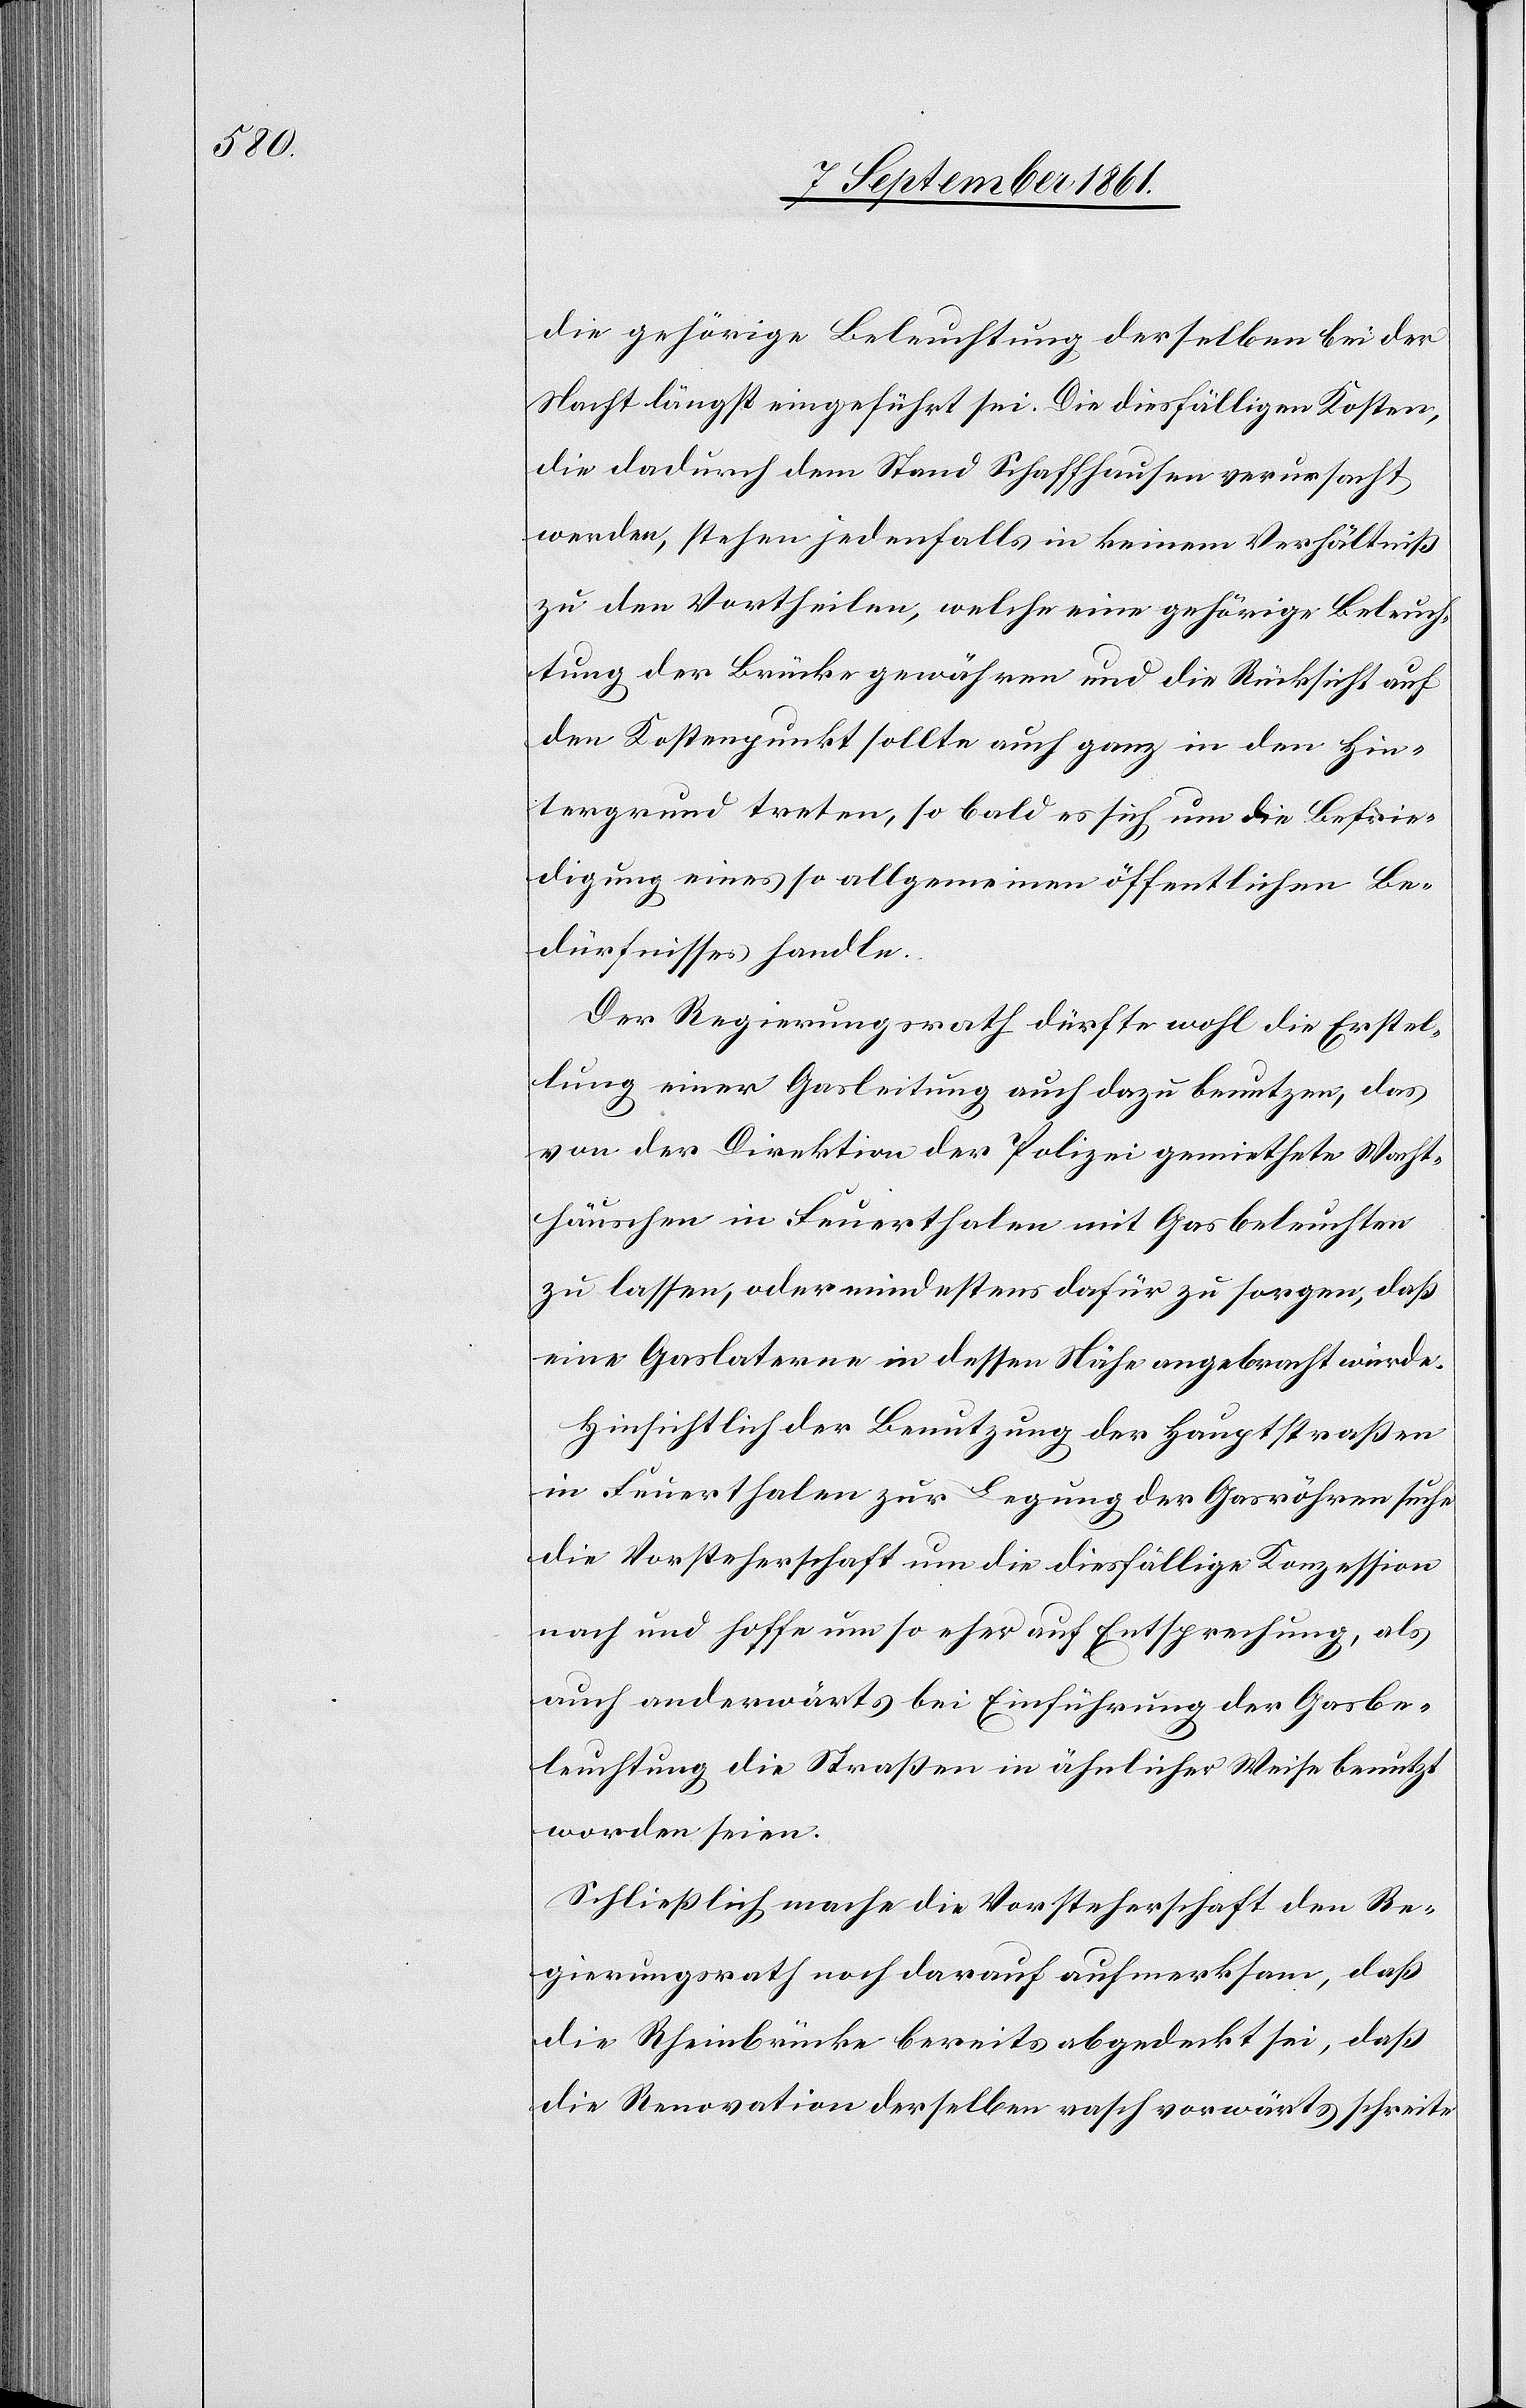
die gehörige Beleuchtung derselben bei der
Nacht längst eingeführt sei. Die diesfälligen Kosten,
die dadurch dem Stand Schaffhausen verursacht
werden, stehen jedenfalls in keinem Verhältniß
zu den Vortheilen, welche eine gehörige Beleuch¬
tung der Brücke gewähren und die Rücksicht auf
den Kostenpunkt sollte auch ganz in den Hin¬
tergrund treten, so bald es sich um die Befrie¬
digung eines so allgemeinen öffentlichen Be¬
dürfnisses handle.
Der Regierungsrath dürfte wohl die Erstel¬
lung einer Gasleitung auch dazu benutzen, das
von der Direktion der Polizei gemiethete Wacht¬
häuschen in Feuerthalen mit Gas beleuchten
zu lassen, oder mindestens dafür zu sorgen, daß
eine Gaslaterne in dessen Nähe angebracht würde.
Hinsichtlich der Benutzung der Hauptstraßen
in Feuerthalen zur Legung der Gasröhren suche
die Vorsteherschaft um die diesfällige Konzession
nach und hoffe um so eher auf Entsprechung, als
auch anderwärts die Einführung der Gasbe¬
leuchtung die Straßen in ähnlicher Weise benutzt
worden seien.
Schließlich mache die Vorsteherschaft den Re¬
gierungsrath noch darauf aufmerksam, daß
die Rheinbrücke bereits abgedeckt sei, daß
die Reservation derselben rasch vorwärts schreite